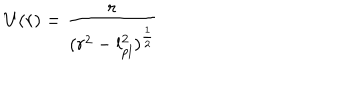
U ( r ) = { \frac { r } { ( r ^ { 2 } - l _ { p l } ^ { 2 } ) ^ { \frac { 1 } { 2 } } } }